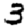
Digit: 3